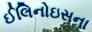
ઈલિનોઇસના